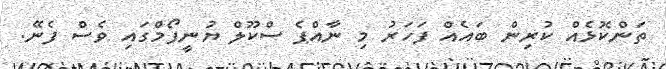
ތަންކޮޅެއް ކުރިން ބައެއް ފަހަރު މި ނާއްޕެ ސްކޫލް ޔުނީފޯމްގައި ވެސް ފެނޭ.